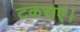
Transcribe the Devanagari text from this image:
टकराएं।